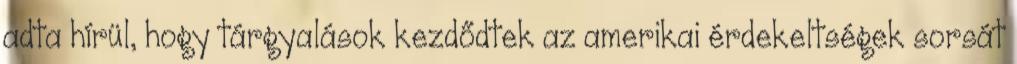
adta hírül, hogy tárgyalások kezdődtek az amerikai érdekeltségek sorsát